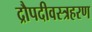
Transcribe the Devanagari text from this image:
द्रौपदीवस्त्रहरण